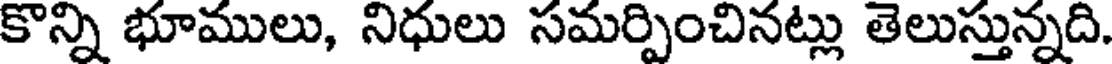
కొన్ని భూములు, నిధులు సమర్పించినట్లు తెలుస్తున్నది.